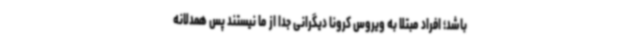
باشد؛ افراد مبتلا به ویروس کرونا دیگرانی جدا از ما نیستند پس همدلانه